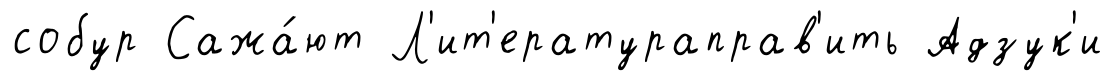
собур Сажа́ют Л'ит'ератураправ'ить Адзук'и